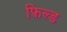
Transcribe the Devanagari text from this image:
फ़िल्ड